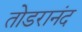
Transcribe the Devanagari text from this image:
तोडरानंद